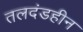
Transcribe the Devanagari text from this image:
तलदंडहीन